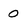
Character: 0